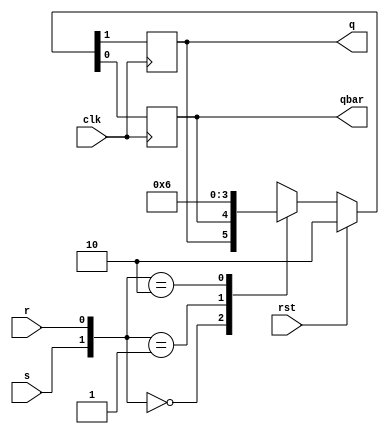
`timescale 1ns / 1ps
//////////////////////////////////////////////////////////////////////////////////
// Company: 
// Engineer: 
// 
// Design Name: 
// Module Name: sr_ff
// Project Name: 
// Target Devices: 
// Tool Versions: 
// Description: 
// 
// Dependencies: 
// 
// Revision:
// Revision 0.01 - File Created
// Additional Comments:
// 
//////////////////////////////////////////////////////////////////////////////////


module sr_ff(s,r,clk,rst,q,qbar);
input s,r,clk,rst;
output reg q,qbar;
always@(posedge clk)
begin
if(rst)
    {q,qbar}={1'b1,1'b0};
else begin
case({s,r})
 
                2'b00:{q,qbar} <={q,qbar};
            2'b01:
                {q,qbar} <={1'b0,1'b1};
            2'b10:
                {q,qbar} <={1'b1,1'b0};
            2'b11:
               {q,qbar} <={1'bx,1'bx};
            default:
                {q,qbar} <= {q,qbar};
endcase
end
end


endmodule